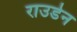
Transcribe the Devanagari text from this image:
राउडेन